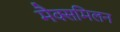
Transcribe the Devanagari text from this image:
मैक्समिलन